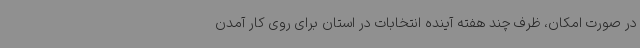
در صورت امکان، ظرف چند هفته آینده انتخابات در استان برای روی کار آمدن